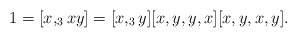
\begin{align*}1=[x,_3 xy]=[x,_3 y][x,y,y,x][x,y,x,y]. \end{align*}